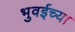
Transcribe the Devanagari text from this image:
भुवईच्या